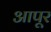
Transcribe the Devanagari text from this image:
आपूर